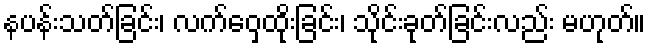
နပန်းသတ်ခြင်း၊ လက်ဝှေ့ထိုးခြင်း၊ သိုင်းခုတ်ခြင်းလည်း မဟုတ်။